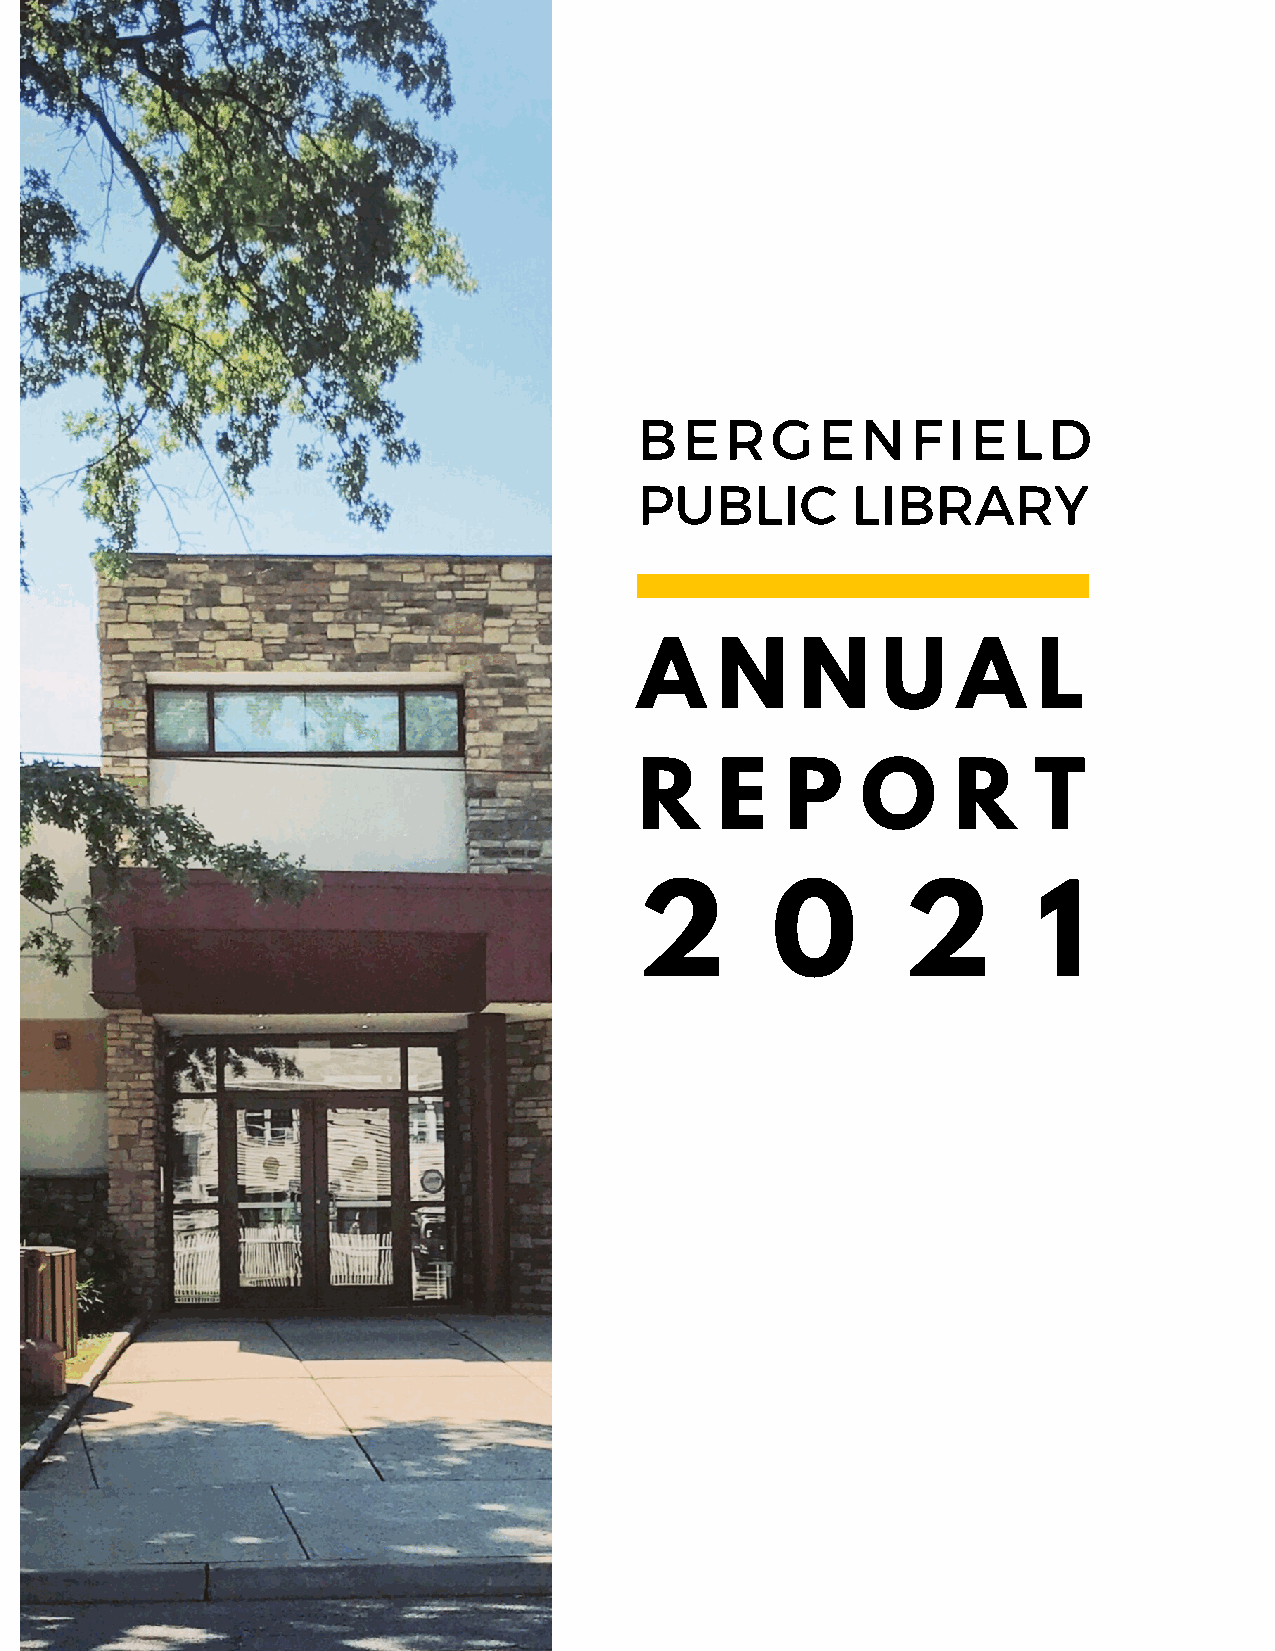
BERGENFIELD
 PUBLIC        LIBRARY
 A    N     N    U    A     L
 R    E    P    O     R    T
 2        0        2        1